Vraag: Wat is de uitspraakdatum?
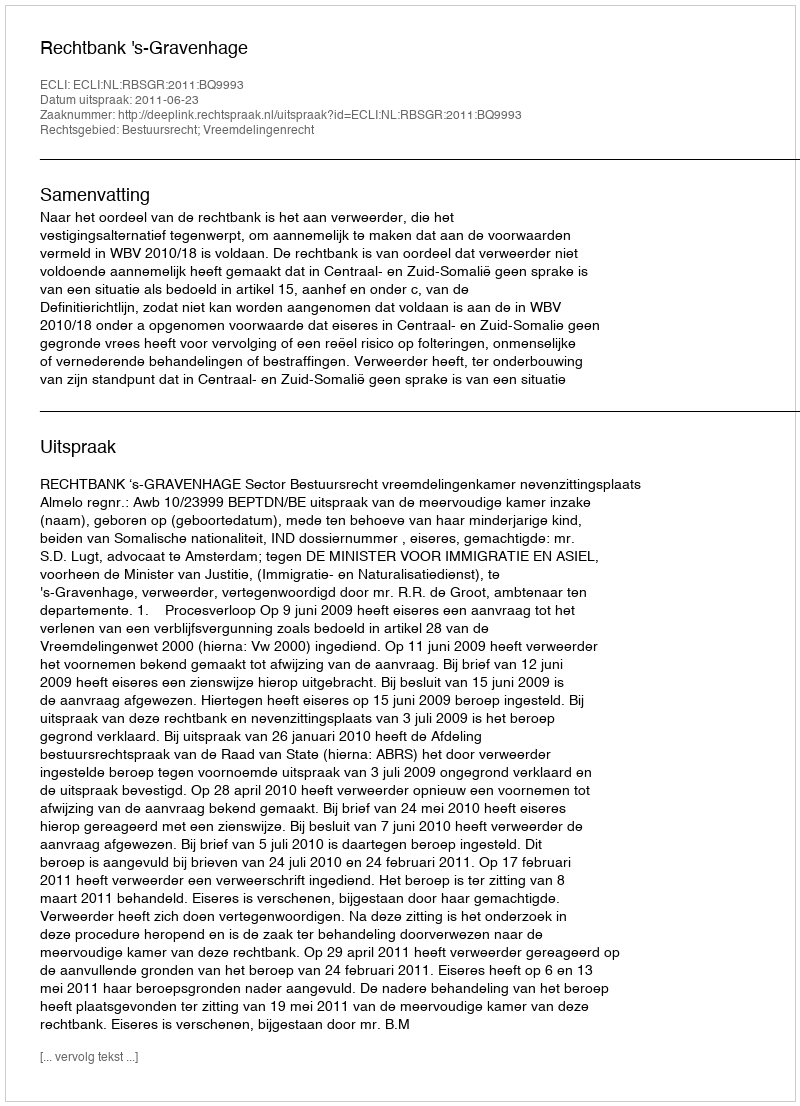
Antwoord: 2011-06-23